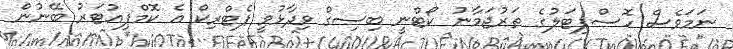
ނަމަވެސް ހޮސްޕިޓަލުގެ ތަރުޖަމާނު ކޯޓްނީ ބިސިގް ވިދާޅުވީ ޕެޓްރިކް އެ ކޮމްޕިއުޓަރު ބޭނުން